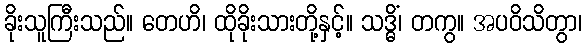
ခိုးသူကြီးသည်။ တေဟိ၊ ထိုခိုးသားတို့နှင့်။ သဒ္ဓိံ၊ တကွ။ အပဝိသိတွာ၊